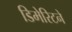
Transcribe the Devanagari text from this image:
डिमेरिटने